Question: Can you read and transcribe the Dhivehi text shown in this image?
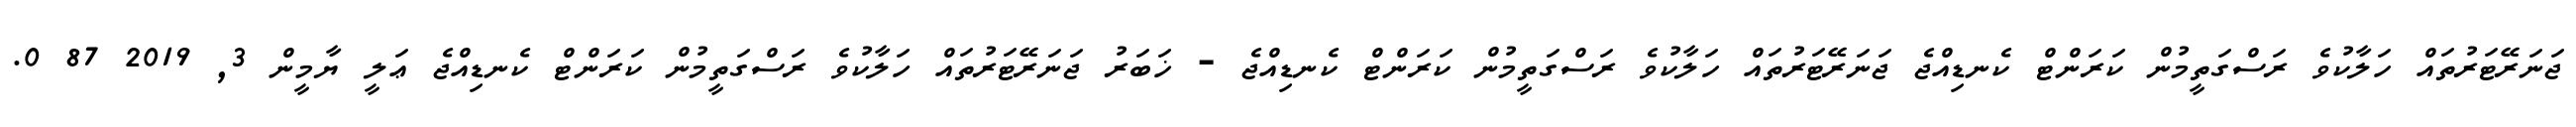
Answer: ޖަނަރޭޓަރުތައް ހަލާކުވެ ރަސްގަތީމުން ކަރަންޓް ކެނޑިއްޖެ ޖަނަރޭޓަރުތައް ހަލާކުވެ ރަސްގަތީމުން ކަރަންޓް ކެނޑިއްޖެ - ޚަބަރު ޖަނަރޭޓަރުތައް ހަލާކުވެ ރަސްގަތީމުން ކަރަންޓް ކެނޑިއްޖެ ޢަލީ ޔާމީން 3, 2019 87 0.